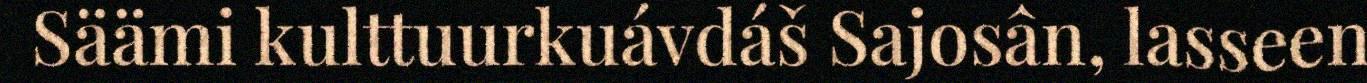
Säämi kulttuurkuávdáš Sajosân, lasseen